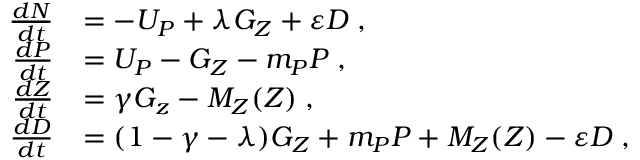
\begin{array} { r l } { \frac { d N } { d t } } & { = - U _ { P } + \lambda G _ { Z } + \varepsilon D \; , } \\ { \frac { d P } { d t } } & { = U _ { P } - G _ { Z } - m _ { P } P \; , } \\ { \frac { d Z } { d t } } & { = \gamma G _ { z } - M _ { Z } ( Z ) \; , } \\ { \frac { d D } { d t } } & { = ( 1 - \gamma - \lambda ) G _ { Z } + m _ { P } P + M _ { Z } ( Z ) - \varepsilon D \; , } \end{array}